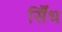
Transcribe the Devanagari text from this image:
सिँध